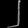
Digit: ၂